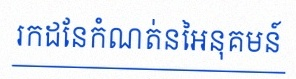
រកដែនកំណត់នៃអនុគមន៍